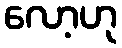
လော့ဟု